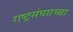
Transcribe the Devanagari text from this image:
राष्ट्रसंघााच्या